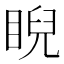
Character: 睨